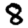
Digit: 8